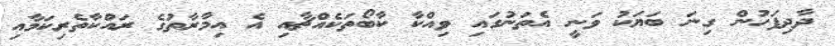
ދާދިފަހުން ގިނަ ބަޔަކު ވަނީ އެތަނުގައި ވިއްކާ ކާބޯތަކެއްޗާއި އެ އިމާރާތުގެ ރައްކާތެރިކަމާއި